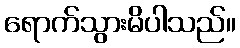
ရောက်သွားမိပါသည်။